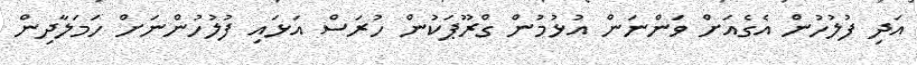
އަދި ފުލުހުން އެގެއަށް ވަންނަން އުޅުމުން ގްރޫޕަކުން ހުރަސް އަޅައި ފުލުހުންނަށް ހަމަލާދިން